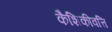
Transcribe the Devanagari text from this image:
कैशिकीवत्ति